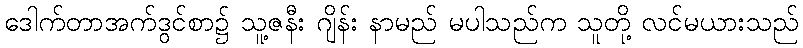
ဒေါက်တာအက်ဒွင်စာ၌ သူ့ဇနီး ဂျိန်း နာမည် မပါသည်က သူတို့ လင်မယားသည်